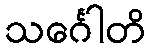
သင်္ဂေါတိ